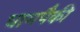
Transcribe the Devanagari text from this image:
धामपैकी